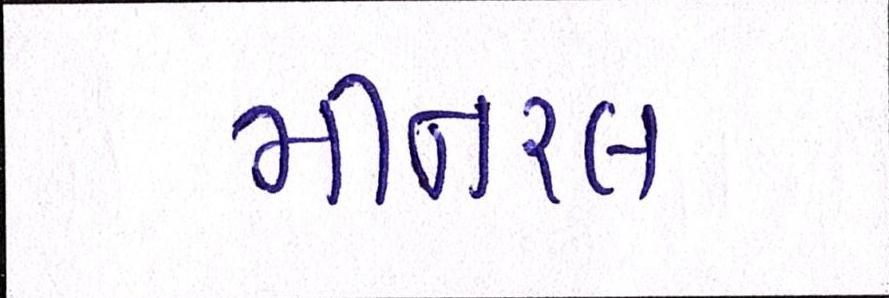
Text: મીનરલ